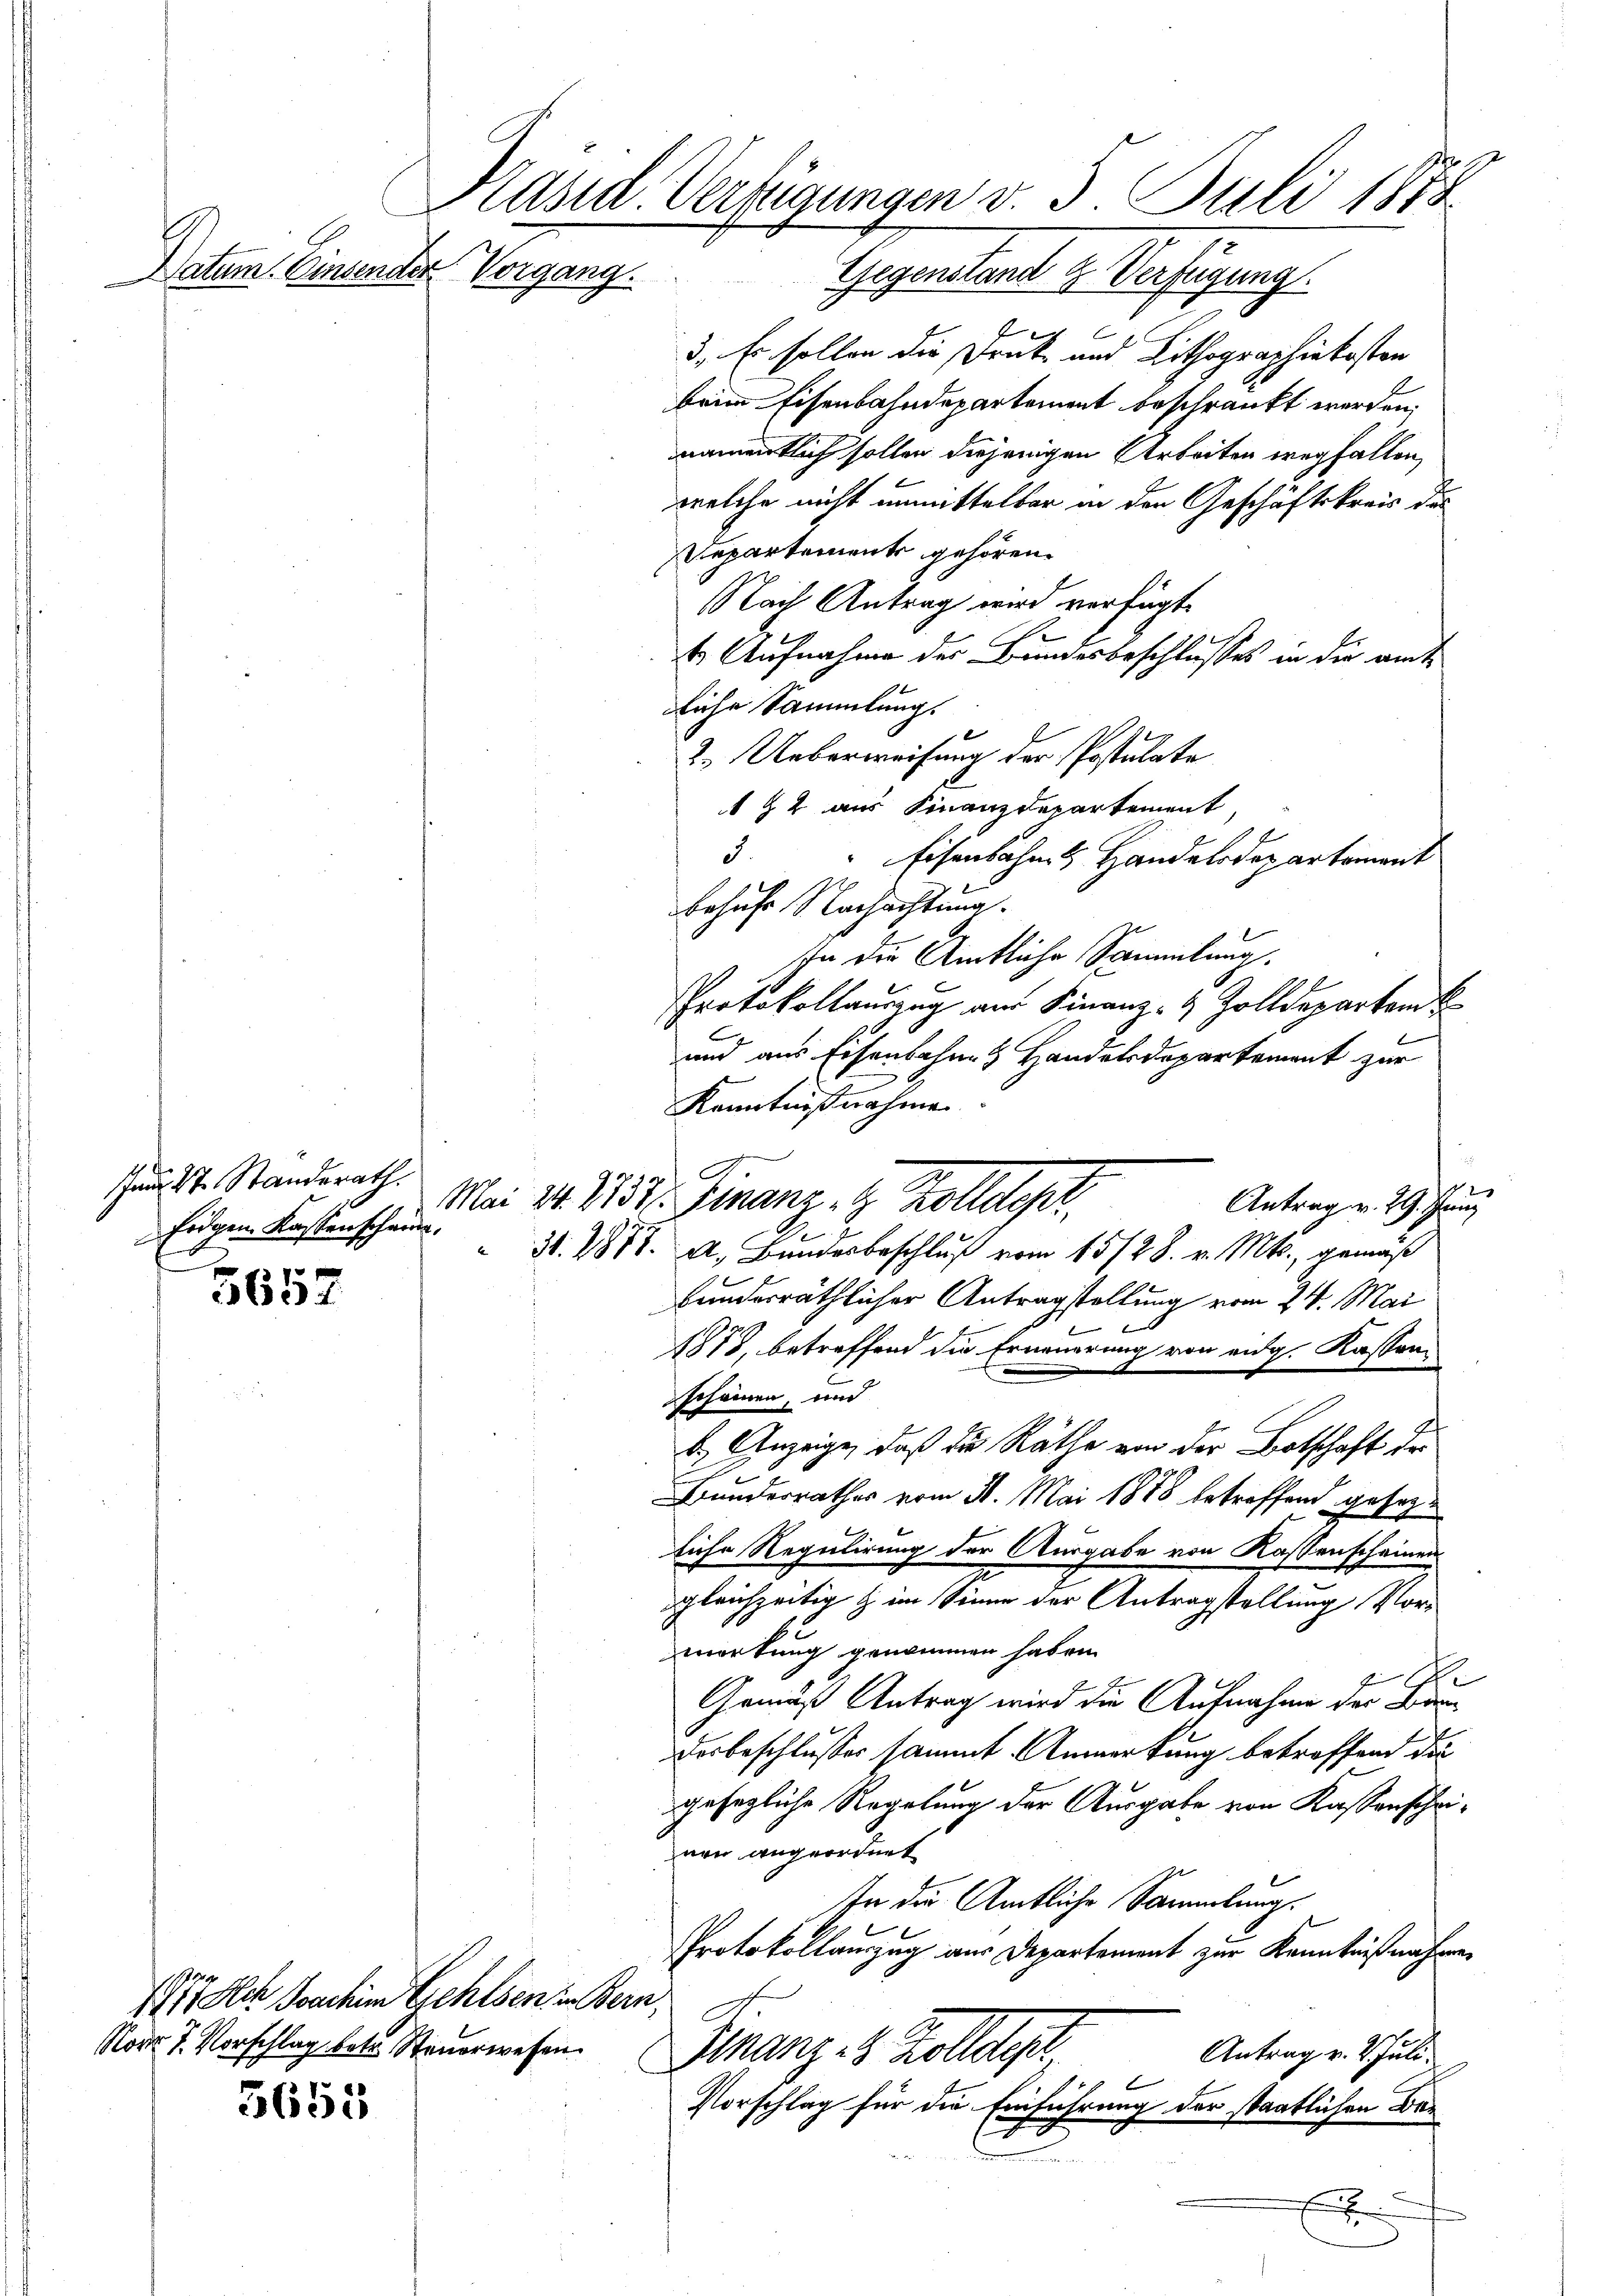
Jan St. Standsrath.
Eidgen. Kastenscheiden.

3657

1771 Ak Joachim Gehlsen in Bern,
Non 7. Vorschlag betr. Steuerwesen.

5655

Kasid. Verfügungen v. 3. Juli 1878
Datum. Einsender Vergang.
Gegenstand & Verfügung.

g
3. Es sollen die Druck- und Lithographiekosten
beim Eisenbahndepartement beschränkt werden,
namentlich sollen diejenigen Arbeiten wegfallen,
welche nicht unmittelbar in den Geschäftskreis das
Repartement gehören.
Nach Antrag wird verfügt:
4. Aufnahme des Bundesbeschlusses in die amt
liche Sammlung.
2. Ueberweisung der Postulate
 92 aus Finanzdepartement,
d
Eisenbahnen Handendepartement
Behufe Nachachtung.
Ihn die Amtliche Sammlung.
Protokollauszug aus Finanz- & Zolldepartem
und aus Eisenbahne Handelsdepartement zur
Kenntnißnahme
Antrag v. 29. Juny
31. 287. A. Bundesbeschluß vom 15/28. v. Mts., gemäß
bunderräthlicher Antragstellung vom 24. Mai
.
1878, betreffend die Erneuerung von eidg. Kassen-
schämen, und
b.) Anzeige, daß die Räthe von der Botschaft der
Bunderrathes vom 31. Mai 1878 betreffend gesetze
liche Regulirung der Ausgabe von Kassenscheinen
gleichzeitig & im Sinne der Antragstellung Vor-
wortung genommen haben.
E
Gemäß Antrag wird die Aufnahme der Ban
Dosbeschlusser sammt Anmerkung betreffend die
gesezliche Regelung der Ausgabe von Kassenscheinen angeordnet
In die Amtliche Sammlung.
Protokollauszug aus Departement zur Kenntnißnahmen.
Antrag v. 2. Juli.
Finanzes Zolldep
b
Vorschlag für die Einführung der staatlichen Ber
E

Mai 21. 375 f. Finanz, 9. Kollegpr